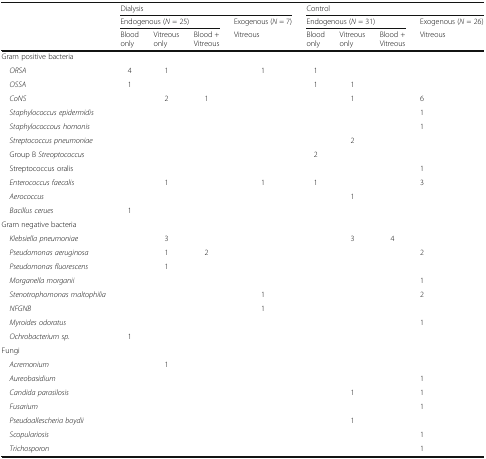
|  | <COLSPAN=4> Dialysis | <COLSPAN=4> Control |
 |  | <COLSPAN=3> Endogenous (N = 25) | Exogenous (N = 7) | <COLSPAN=3> Endogenous (N = 31) | Exogenous (N = 26) |
 |  | Blood only | Vitreous only | Blood + Vitreous | Vitreous | Blood only | Vitreous only | Blood + Vitreous | Vitreous |
 | --- | --- | --- | --- | --- | --- | --- | --- | --- |
 | <COLSPAN=9> Gram positive bacteria |
 | ORSA | 4 | 1 |  | 1 | 1 |  |  |  |
 | OSSA | 1 |  |  |  | 1 | 1 |  |  |
 | CoNS |  | 2 | 1 |  |  | 1 |  | 6 |
 | Staphylococcus epidermidis |  |  |  |  |  |  |  | 1 |
 | Staphylococcous homonis |  |  |  |  |  |  |  | 1 |
 | Streptococcus pneumoniae |  |  |  |  |  | 2 |  |  |
 | Group B Streoptococcus |  |  |  |  | 2 |  |  |  |
 | Streptococcus oralis |  |  |  |  |  |  |  | 1 |
 | Enterococcus faecalis |  | 1 |  | 1 | 1 |  |  | 3 |
 | Aerococcus |  |  |  |  |  | 1 |  |  |
 | Bacillus cerues | 1 |  |  |  |  |  |  |  |
 | <COLSPAN=9> Gram negative bacteria |
 | Klebsiella pneumoniae |  | 3 |  |  |  | 3 | 4 |  |
 | Pseudomonas aeruginosa |  | 1 | 2 |  |  |  |  | 2 |
 | Pseudomonas fluorescens |  | 1 |  |  |  |  |  |  |
 | Morganella morganii |  |  |  |  |  |  |  | 1 |
 | Stenotrophomonas maltophilia |  |  |  | 1 |  |  |  | 2 |
 | NFGNB |  |  |  | 1 |  |  |  |  |
 | Myroides odoratus |  |  |  |  |  |  |  | 1 |
 | Ochrobacterium sp. | 1 |  |  |  |  |  |  |  |
 | <COLSPAN=9> Fungi |
 | Acremonium |  | 1 |  |  |  |  |  |  |
 | Aureobasidium |  |  |  |  |  |  |  | 1 |
 | Candida parasilosis |  |  |  |  |  | 1 |  | 1 |
 | Fusarium |  |  |  |  |  |  |  | 1 |
 | Pseudoallescheria boydii |  |  |  |  |  | 1 |  |  |
 | Scopulariosis |  |  |  |  |  |  |  | 1 |
 | Trichosporon |  |  |  |  |  |  |  | 1 |